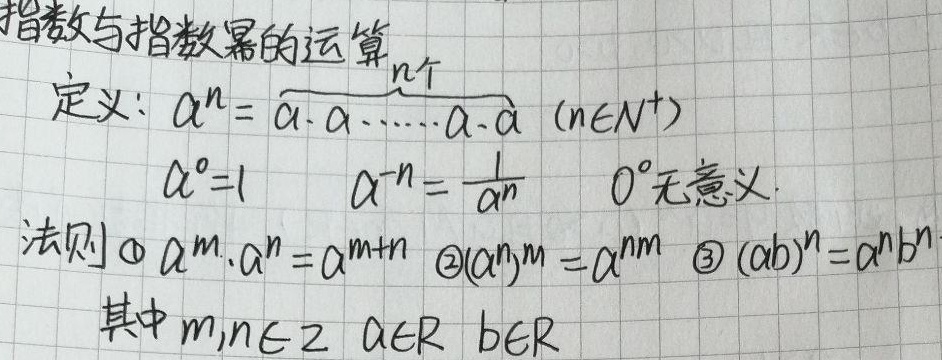
指数与指数幂的运算定义：
\(a^{n}=\overbrace{a\cdot a\cdot\cdots\cdot a\cdot a}^{n个}\ (n\in N^{+})\)
\(a^{0}=1\)，\(a^{-n}=\frac{1}{a^{n}}\)，\(0^{0}\)无意义。

法则：
\textcircled{1} \(a^{m}\cdot a^{n}=a^{m + n}\)
\textcircled{2} \((a^{n})^{m}=a^{nm}\)
\textcircled{3} \((ab)^{n}=a^{n}b^{n}\)
其中\(m,n\in Z\)，\(a\in R\)，\(b\in R\)